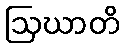
ဩဃာတိ